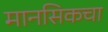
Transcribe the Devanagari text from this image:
मानसिकचा